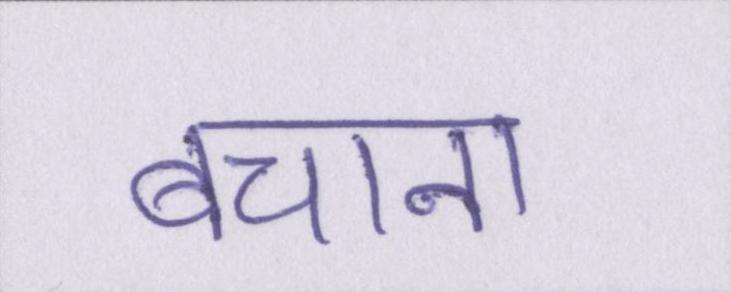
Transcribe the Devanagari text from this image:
बचाना